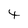
Character: 4